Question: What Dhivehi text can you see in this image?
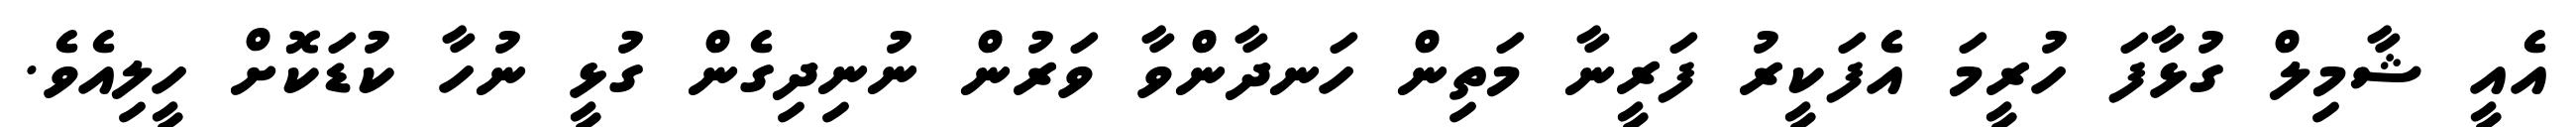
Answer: އެއީ ޝާމިލް ގުޅާފަ ހުރީމަ އެފަކީރު ފަރީނާ މަތިން ހަނދާންވާ ވަރުން ނުނިދިގެން ގުޅީ ނުހާ ކުޑަކޮށް ހީލިއެވެ.